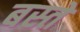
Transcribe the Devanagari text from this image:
बस्‍तें